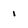
Character: 1